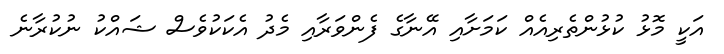
އަކީ މޮޅު ކުޅުންތެރިއެއް ކަމަށާއި އޭނާގެ ފެންވަރާއި މެދު އެކަކުވެސް ޝައްކު ނުކުރާނެ